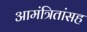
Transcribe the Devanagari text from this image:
आमंत्रितांसह